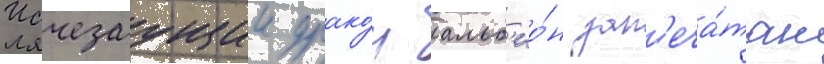
Исчезаущии драко́н альб'ио́н зап'еча́тан